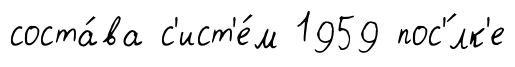
соста́ва с'ист'е́м 1959 пос'́лк'е